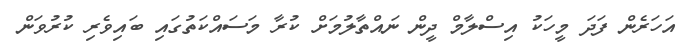
އަހަރެން ފަދަ މީހަކު އިސްލާމް ދީން ނައްތާލުމަށް ކުރާ މަސައްކަތުގައި ބައިވެރި ކުރުވަން